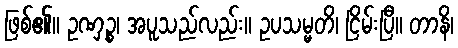
ဖြစ်၏။ ဥဏှဉ္စ၊ အပူသည်လည်း။ ဥပသမ္မတိ၊ ငြိမ်းပြီ။ တာနိ၊